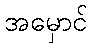
အမှောင်